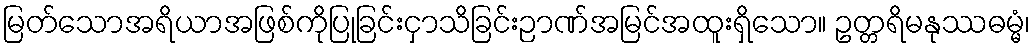
မြတ်သောအရိယာအဖြစ်ကိုပြုခြင်းငှာသိခြင်းဉာဏ်အမြင်အထူးရှိသော။ ဥတ္တရိမနုဿဓမ္မံ၊